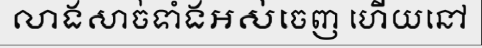
លាងសាច់ទាំងអស់ចេញ ហើយនៅ